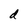
Character: d